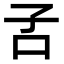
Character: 𡥄